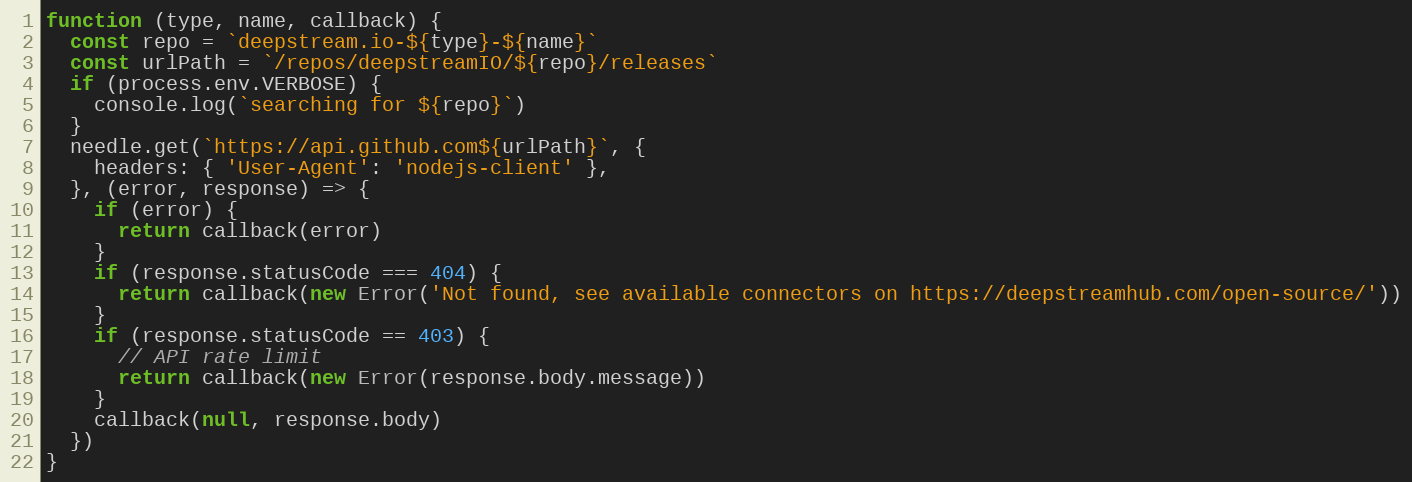
Language: JavaScript
function (type, name, callback) {
  const repo = `deepstream.io-${type}-${name}`
  const urlPath = `/repos/deepstreamIO/${repo}/releases`
  if (process.env.VERBOSE) {
    console.log(`searching for ${repo}`)
  }
  needle.get(`https://api.github.com${urlPath}`, {
    headers: { 'User-Agent': 'nodejs-client' },
  }, (error, response) => {
    if (error) {
      return callback(error)
    }
    if (response.statusCode === 404) {
      return callback(new Error('Not found, see available connectors on https://deepstreamhub.com/open-source/'))
    }
    if (response.statusCode == 403) {
      // API rate limit
      return callback(new Error(response.body.message))
    }
    callback(null, response.body)
  })
}